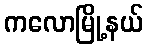
ကလောမြို့နယ်